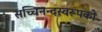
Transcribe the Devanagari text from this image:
सच्चिनन्दस्वरूपको